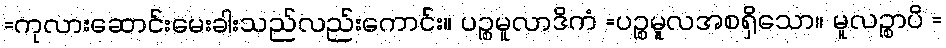
=ကုလားဆောင်းမေးခါးသည်လည်းကောင်း။ ပဉ္စမူလာဒိကံ =ပဉ္စမူလအစရှိသော။ မူလဉ္စာပိ =